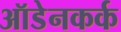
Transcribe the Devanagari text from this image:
ऑडेनकर्क